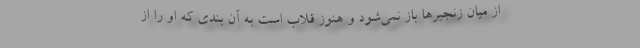
از ميان زنجيرها باز نمي‌شود و هنوز قلاب است به آن ‌بندي كه او را از